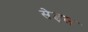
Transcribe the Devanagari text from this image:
सेड़ल